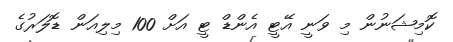
ކޮމިޝަނުން މި ވަނީ އޭޓީ އެންޑް ޓީ އަށް 100 މިލިއަން ޑޮލަރުގެ